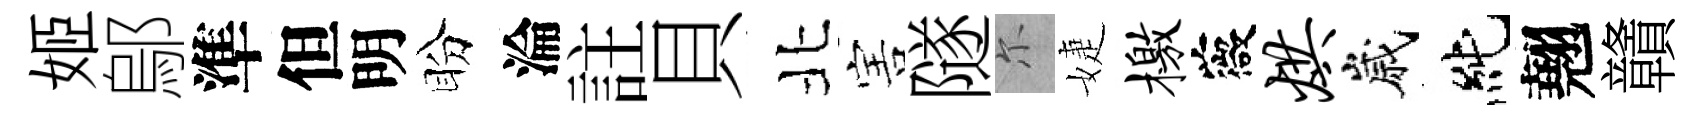
姬鄔準但明盼淪註貝北害隧尓婕檄薇烘嵗純翹贛